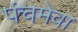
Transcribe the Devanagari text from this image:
पंचमेवा